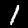
Label: 1